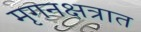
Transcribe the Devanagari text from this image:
मृगनक्षत्रात